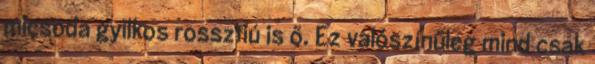
micsoda gyilkos rosszfiú is ő. Ez valószínűleg mind csak